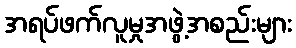
အရပ်ဖက်လူမှုအဖွဲ့အစည်းများ